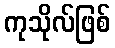
ကုသိုလ်ဖြစ်